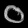
Digit: ၀